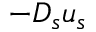
- D _ { s } u _ { s }